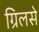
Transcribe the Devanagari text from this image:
ग्रिलसे